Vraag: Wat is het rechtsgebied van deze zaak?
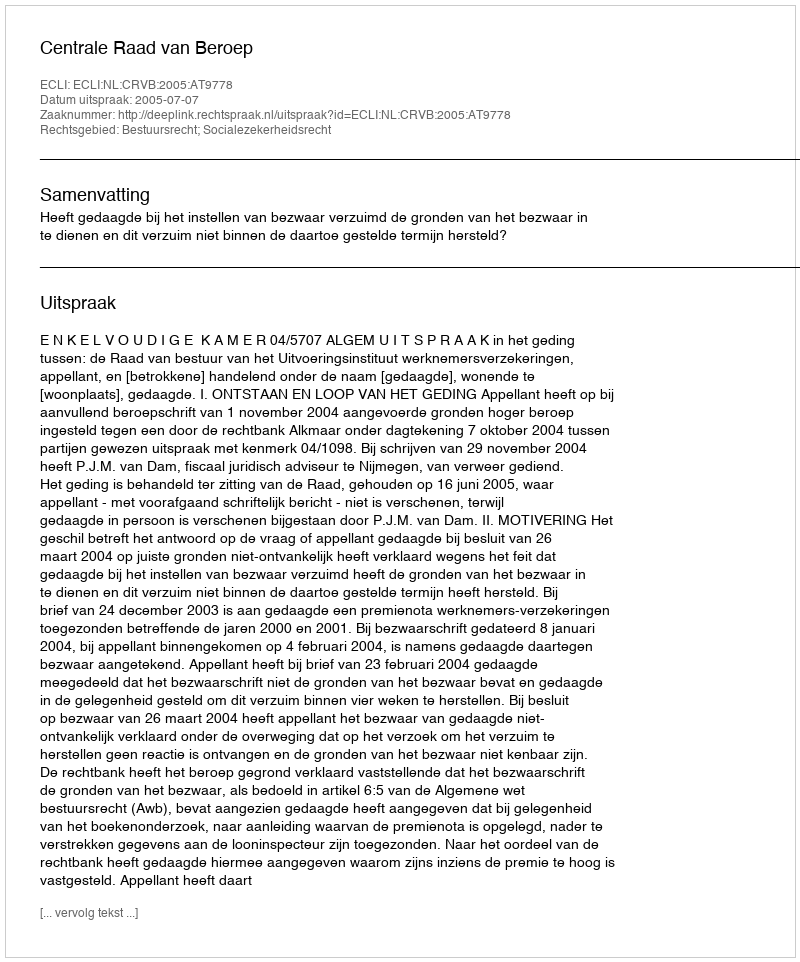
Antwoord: Bestuursrecht; Socialezekerheidsrecht